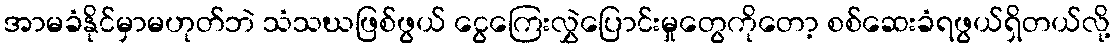
အာမခံနိုင်မှာမဟုတ်ဘဲ သံသဃဖြစ်ဖွယ် ငွေကြေးလွှဲပြောင်းမှုတွေကိုတော့ စစ်ဆေးခံရဖွယ်ရှိတယ်လို့